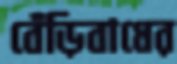
বেঁড়িবাধের